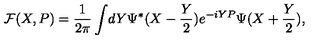
{ \cal F } ( X , P ) = { \frac { 1 } { 2 \pi } } \int \! d Y \Psi ^ { * } ( X - { \frac { Y } { 2 } } ) e ^ { - i Y P } \Psi ( X + { \frac { Y } { 2 } } ) ,